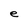
Character: e